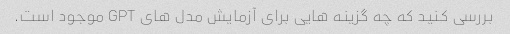
بررسی کنید که چه گزینه هایی برای آزمایش مدل های GPT موجود است.